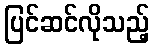
ပြင်ဆင်လိုသည့်